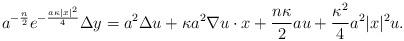
LaTeX: \begin{align*} a^{-\frac{n}{2}}e^{-\frac{a\kappa |x|^2}{4}} \Delta y = a^{2} \Delta u + \kappa a^{2} \nabla u\cdot x + \frac{n\kappa}{2}a u+ \frac{\kappa^2}{4}a^2 |x|^2 u.\end{align*}